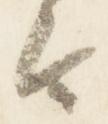
由